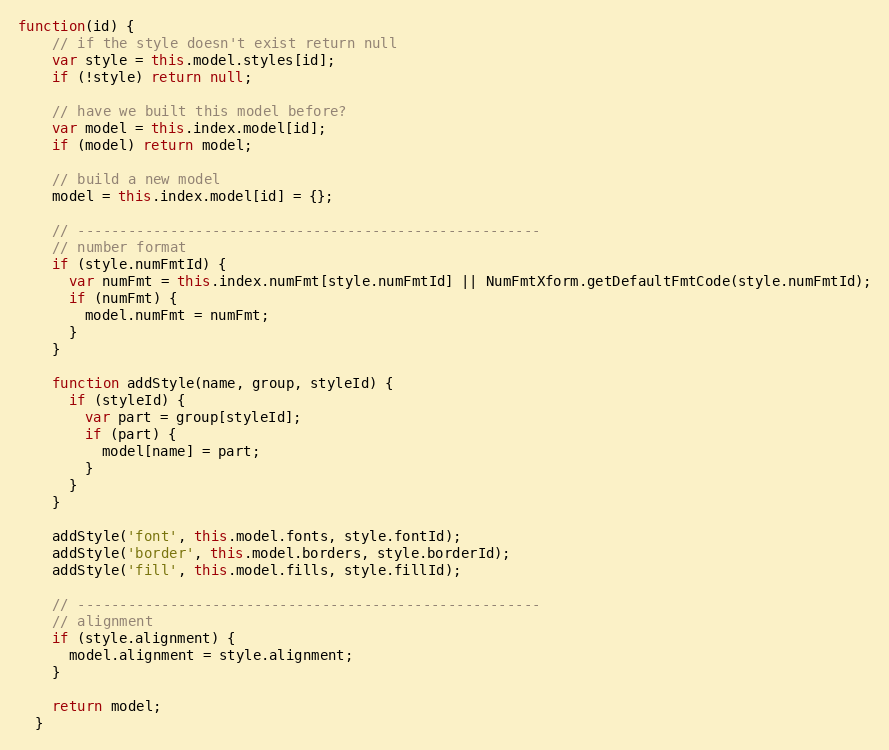
Language: JavaScript
function(id) {
    // if the style doesn't exist return null
    var style = this.model.styles[id];
    if (!style) return null;

    // have we built this model before?
    var model = this.index.model[id];
    if (model) return model;

    // build a new model
    model = this.index.model[id] = {};

    // -------------------------------------------------------
    // number format
    if (style.numFmtId) {
      var numFmt = this.index.numFmt[style.numFmtId] || NumFmtXform.getDefaultFmtCode(style.numFmtId);
      if (numFmt) {
        model.numFmt = numFmt;
      }
    }

    function addStyle(name, group, styleId) {
      if (styleId) {
        var part = group[styleId];
        if (part) {
          model[name] = part;
        }
      }
    }

    addStyle('font', this.model.fonts, style.fontId);
    addStyle('border', this.model.borders, style.borderId);
    addStyle('fill', this.model.fills, style.fillId);

    // -------------------------------------------------------
    // alignment
    if (style.alignment) {
      model.alignment = style.alignment;
    }

    return model;
  }